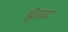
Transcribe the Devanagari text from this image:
हितवद